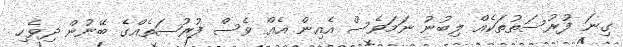
ގިނަ ފުރުސަތުތަކެއް ލިބުނު ނަމަވެސް އެއިން އެއް ވެސް ފުރުޞަތެއްގެ ބޭނުން ދިވެހި